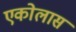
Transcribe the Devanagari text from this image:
एकोलास